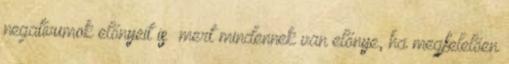
negatívumok előnyeit is mert mindennek van előnye, ha megfelelően